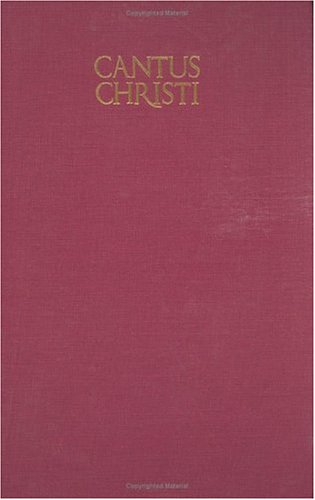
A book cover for Cantus Christi; Christian Books & Bibles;